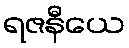
ရဇနီယေ